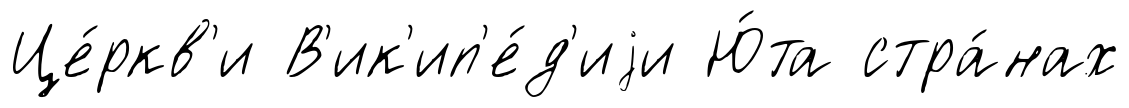
Це́ркв'и В'ик'ип'е́д'иjи Ю́та стра́нах